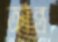
ক্রান্ত